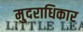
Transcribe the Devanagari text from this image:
मु्दराधिकार